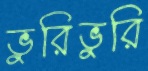
ভুরিভুরি